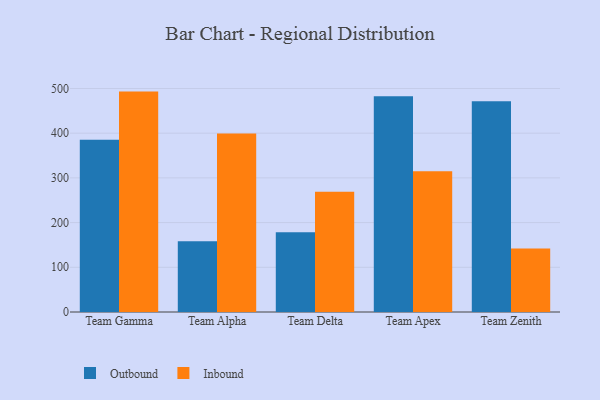
{"axis": {"x": "Team", "y": "Net Income (USD K)"}, "legend": ["Inbound", "Outbound"], "data": [{"x": "Team Gamma", "y": 385.2, "type": "Outbound"}, {"x": "Team Gamma", "y": 493.0, "type": "Inbound"}, {"x": "Team Alpha", "y": 158.0, "type": "Outbound"}, {"x": "Team Alpha", "y": 399.3, "type": "Inbound"}, {"x": "Team Delta", "y": 178.4, "type": "Outbound"}, {"x": "Team Delta", "y": 268.9, "type": "Inbound"}, {"x": "Team Apex", "y": 482.5, "type": "Outbound"}, {"x": "Team Apex", "y": 314.8, "type": "Inbound"}, {"x": "Team Zenith", "y": 471.2, "type": "Outbound"}, {"x": "Team Zenith", "y": 142.3, "type": "Inbound"}]}